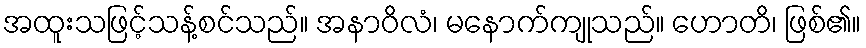
အထူးသဖြင့်သန့်စင်သည်။ အနာဝိလံ၊ မနောက်ကျုသည်။ ဟောတိ၊ ဖြစ်၏။